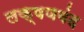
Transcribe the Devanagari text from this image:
लक्षणबंद